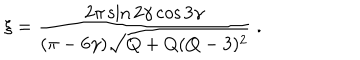
\xi = \frac { 2 \pi \sin 2 \gamma \cos 3 \gamma } { ( \pi - 6 \gamma ) \sqrt { Q + Q ( Q - 3 ) ^ { 2 } } } \; .